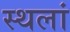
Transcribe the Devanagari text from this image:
स्थलां